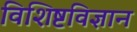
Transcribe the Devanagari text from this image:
विशिष्टविज्ञान